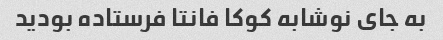
به جای نوشابه کوکا فانتا فرستاده بودید